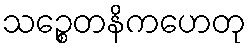
သဉ္စေတနိကဟေတု